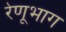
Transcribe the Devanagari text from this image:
रेणूभाग